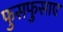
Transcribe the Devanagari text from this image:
फुसफुसाए